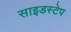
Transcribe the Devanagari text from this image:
साइडस्टेप